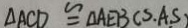
\Delta A C D \cong \Delta A E B ( S . A . S )